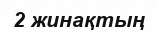
2 жинақтың